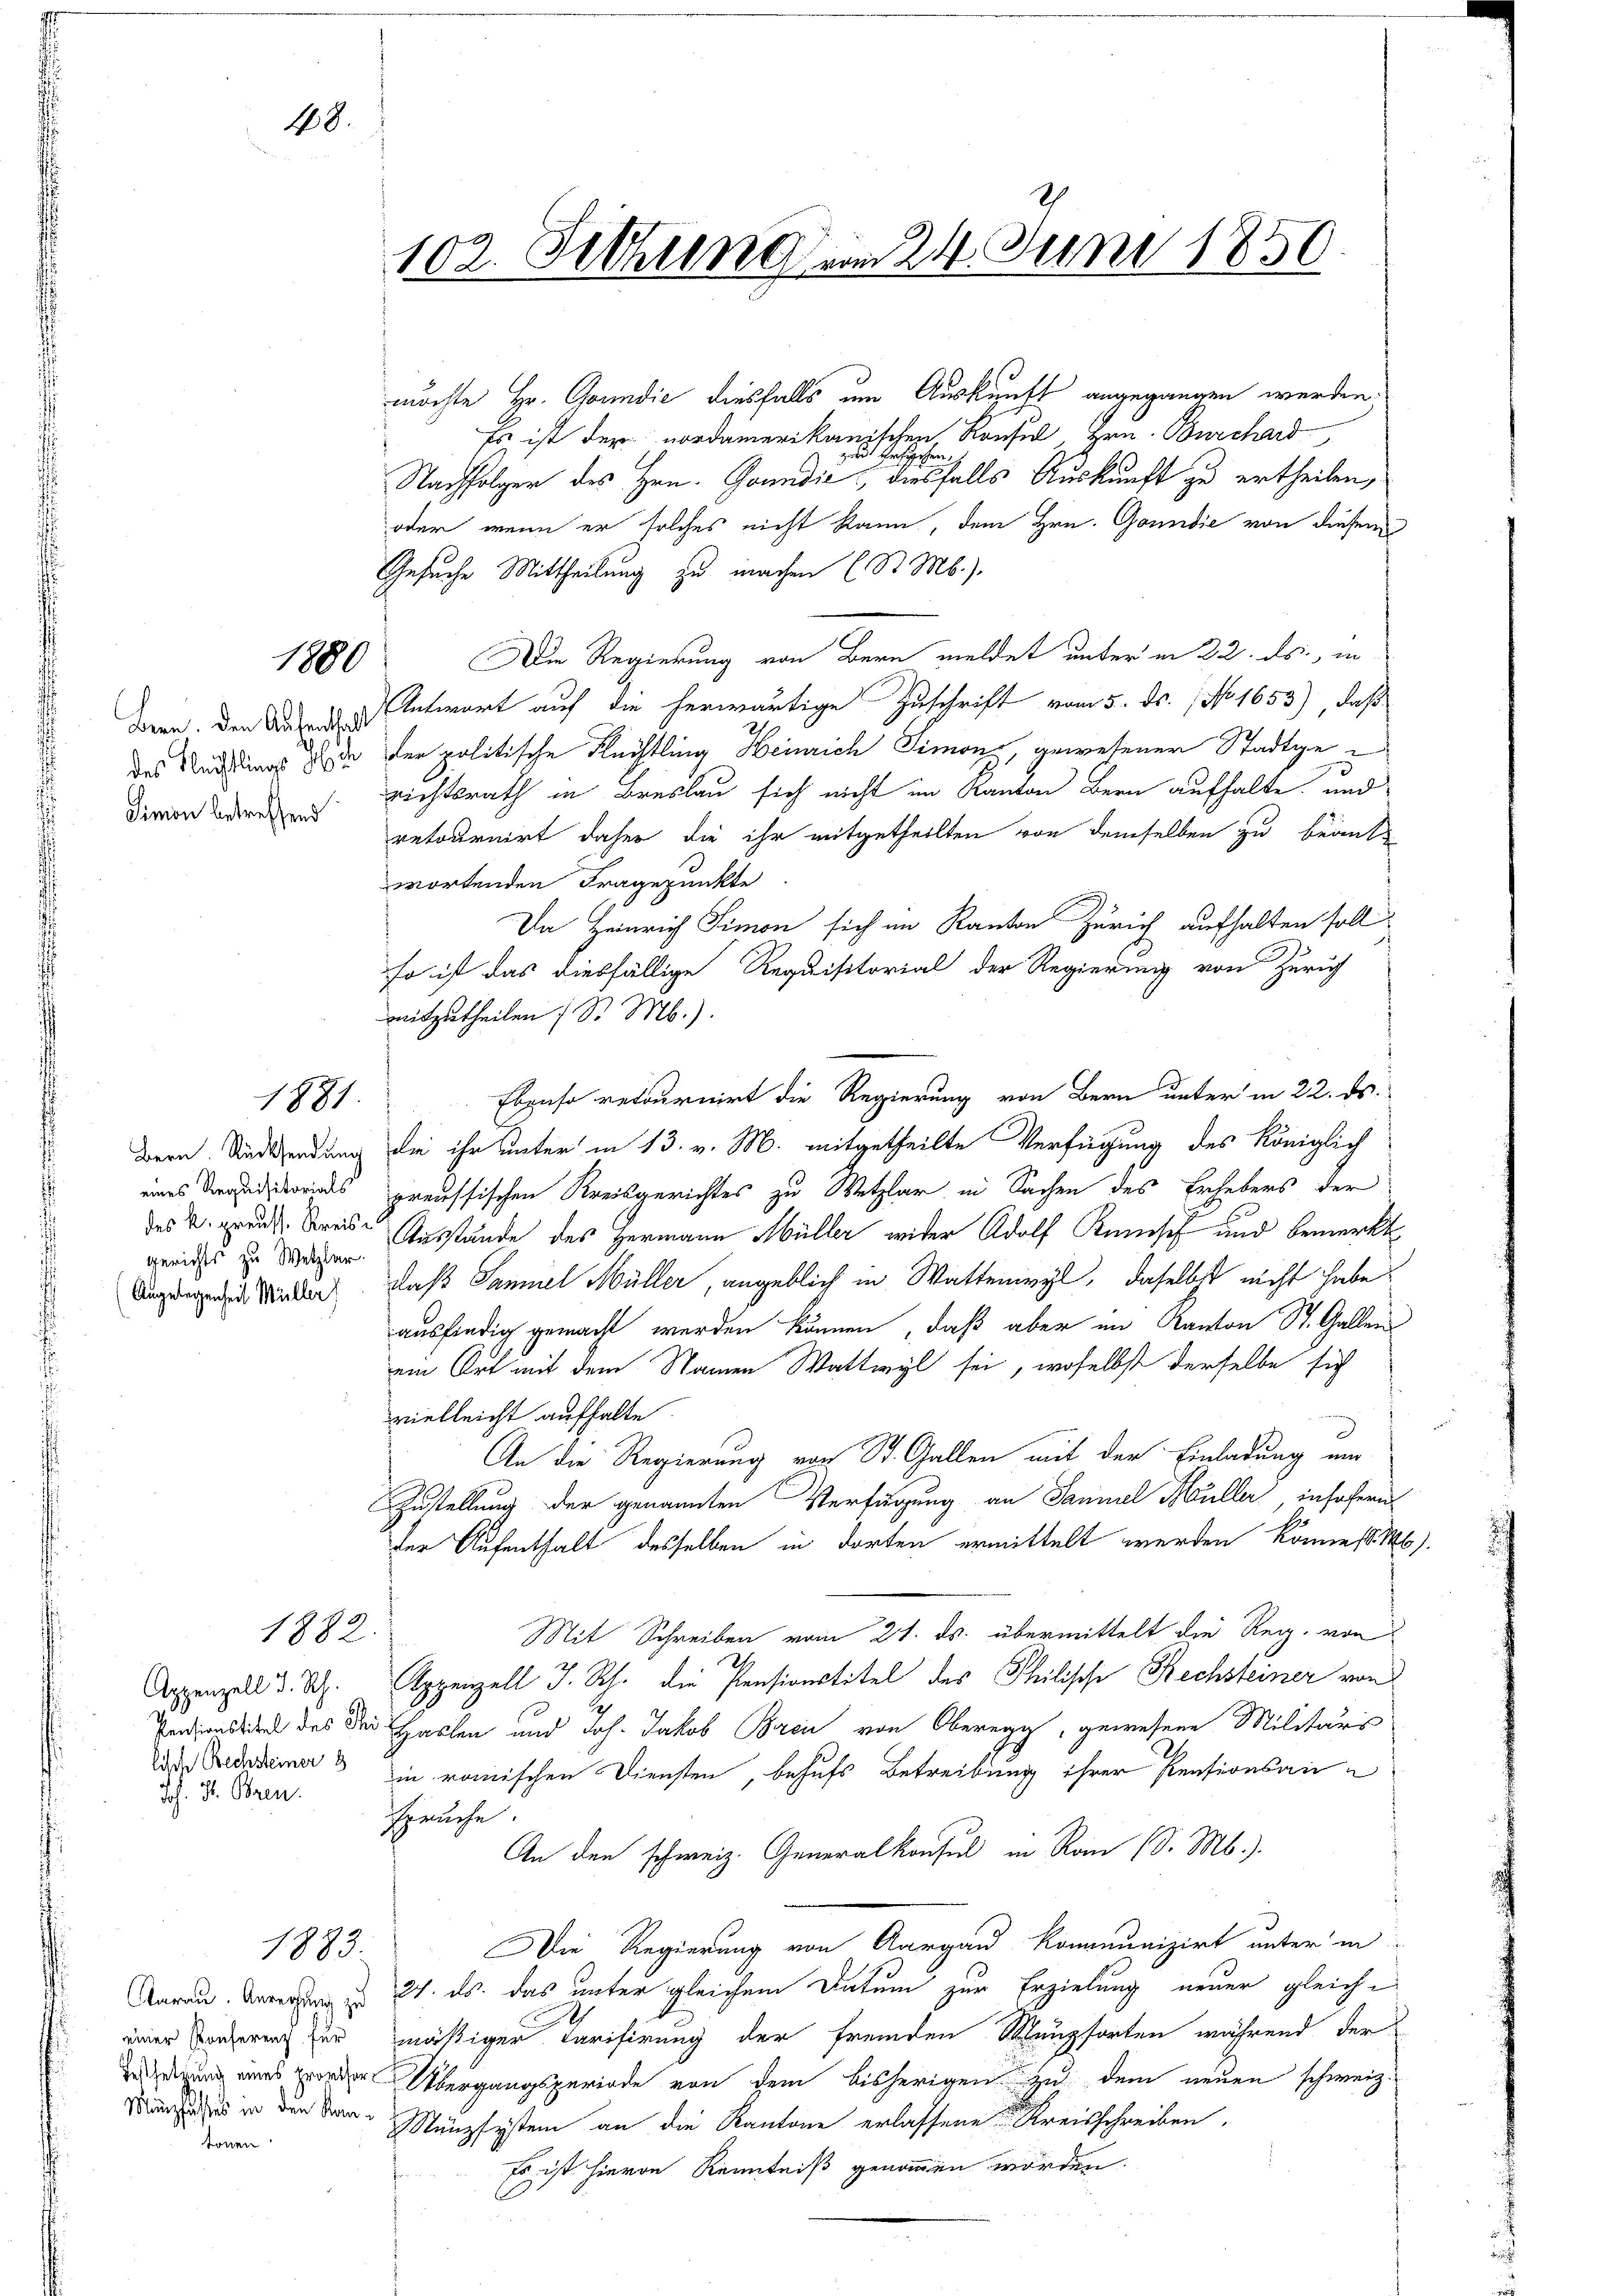
48.

1880

Bern. Den Aufenthalt
Simon betreffend

eines Requisitorials
des k. preuss. Kreise
Angelegenheit Müller)

Appenzell d. Rh.
Joh. St. Ohren.

1882

möchte Hr. Grundić diesfalls um Auskunft angegangen werden.
Es ist der nordamerikanischen Konsul Hrn. Burchard
3
Nachfolger des Hrn. Grandio diesfalls Auskunft zu ertheilen,
oder wenn er solches nicht kann, dem Hrn. Gondie von diesem
Gesuche Mittheilung zu machen l. St. Mb.).
Die Regierung von Bern meldet unter in 22. ds., in
Antwort auf die herwärtige Zuschrift vom 5. ds. 1. No. 1653), daß
des Rechtungs de der politische Flüchtling Heinrich Simon, gewesener Stadtgerichtsrath in Breslau sich nicht im Kanton Bern aufhalte, und
retournirt daher die ihr mitgetheilten von demselben zu beantwortenden Fragepunkte
Da Heinrich Simon sich im Kanton Zürich aufhalten soll
so ist das diesfällige Requisitorial der Regierung von Zürich
mitzutheilen, Sr. M.)
1881. Ebenso retournirt die Regierung von Bern unter in 22. ds.
dern Sindssendung die ihr unter in 13. v. M. mitgetheilte Verfügung des Königlich
preussischen Kreisgerichtes zu Wetzlar in Sachen des Erhebers der
gerichts zu Wagen Ausstände des Hermann Müller wider Adolf Kunisch und bemerkt
daß Samuel Müller, angeblich in Wattenwyl, daselbst nicht habe?
ausfindig gemacht werden können, daß aber im Kanton St. Gallen
ein Ort mit dem Namen Wattwyl sei, woselbst derselbe sich
 hier in eine
vielleicht aufhalte
An die Regierung von St. Gallen mit der Einladung um
Zustellung der genannten Verfügung an Saniel Müller, insofern
der Aufenthalt desselben in dorten ermittelt werden könne, d. Ms.
Mit Schreiben vom 21. ds. übermittelt die Reg. von
Appenzell I. Rh. die Pensionstitel des Philische Rechsteiner von
Pansonstick des der Haslen und Joh. Jakob Brei von Oberegg, gewesene Militärs
de Bedadamer & in römischen Diensten, behufs Betreibung ihrer Pensionsanspruche.
An den schweiz. Generalkonsul in Ron (S. M.).
Die Regierung von Aargau kommnunizirt unter in
Aarau. Berechung ist 24. ds. das unter gleichem Datum zur Erzielung neuer gleiche
mäßiger Tarifirung der fremden Münzsorten während der
 Übergangsperiode von dem bisherigen zu dem neuen schweiz.
Dass es in den der Münzsystem an die Kantone erlassene Kreisschreiben.
Es ist hievon Kenntniß genommen worden.

1883.

einer Konferenz für
tönen

102. Setzung am 24. Juni 1850.